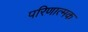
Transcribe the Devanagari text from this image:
परिणात्मक